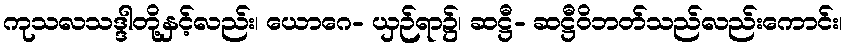
ကုသလသဒ္ဒါတို့နှင့်လည်း၊ ယောဂေ- ယှဉ်ရာ၌၊ ဆဋ္ဌီ- ဆဋ္ဌီဝိဘတ်သည်လည်းကောင်း၊